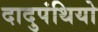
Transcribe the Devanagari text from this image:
दादुपंथियो